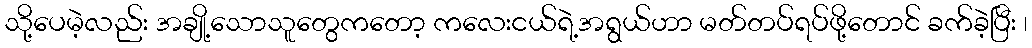
သို့ပေမဲ့လည်း အချို့သောသူတွေကတော့ ကလေးငယ်ရဲ့အရွယ်ဟာ မတ်တပ်ရပ်ဖို့တောင် ခက်ခဲ့ပြီး ၊